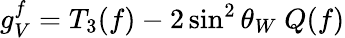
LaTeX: g_{V}^{f}=T_{3}(f)-2\sin^{2}\theta_{W}~Q(f)